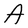
Character: A